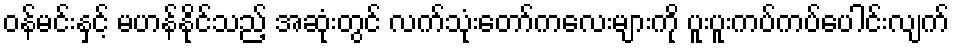
ဝန်မင်းနှင့် မဟန်နိုင်သည့် အဆုံးတွင် လက်သုံးတော်ကလေးများကို ပူးပူးကပ်ကပ်ပေါင်းလျက်